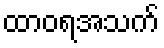
ထာဝရအသက်